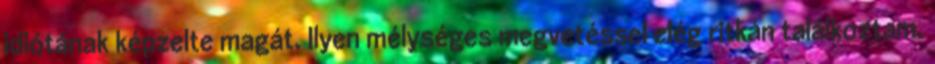
idiótának képzelte magát. Ilyen mélységes megvetéssel elég ritkán találkoztam.